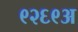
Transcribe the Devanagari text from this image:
९२६९अ